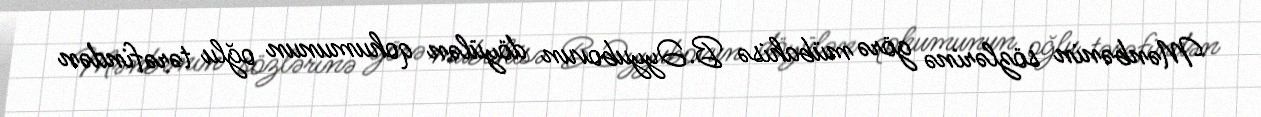
Mənbənin sözlərinə görə mübahisə B.Əyyubovun döyülən qohumunun oğlu tərəfindən